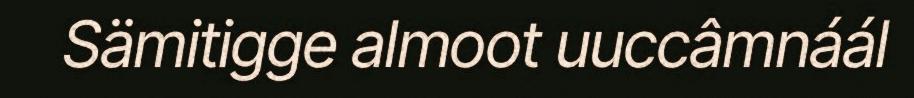
Sämitigge almoot uuccâmnáál